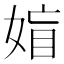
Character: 𡞙